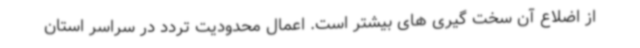
از اضلاع آن سخت گیری های بیشتر است. اعمال محدودیت تردد در سراسر استان